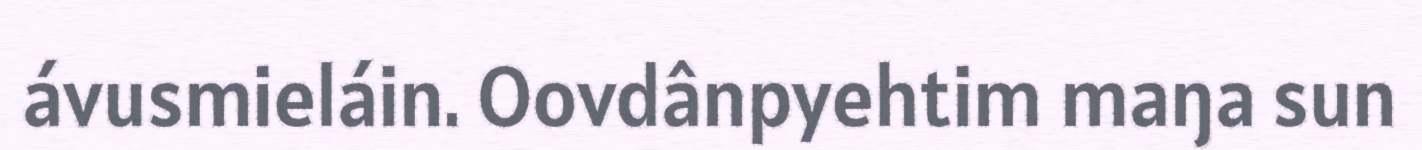
ávusmieláin. Oovdânpyehtim maŋa sun